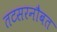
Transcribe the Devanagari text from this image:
तटसरनौबत